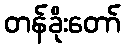
တန်ခိုးတော်